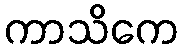
ကာသိကေ